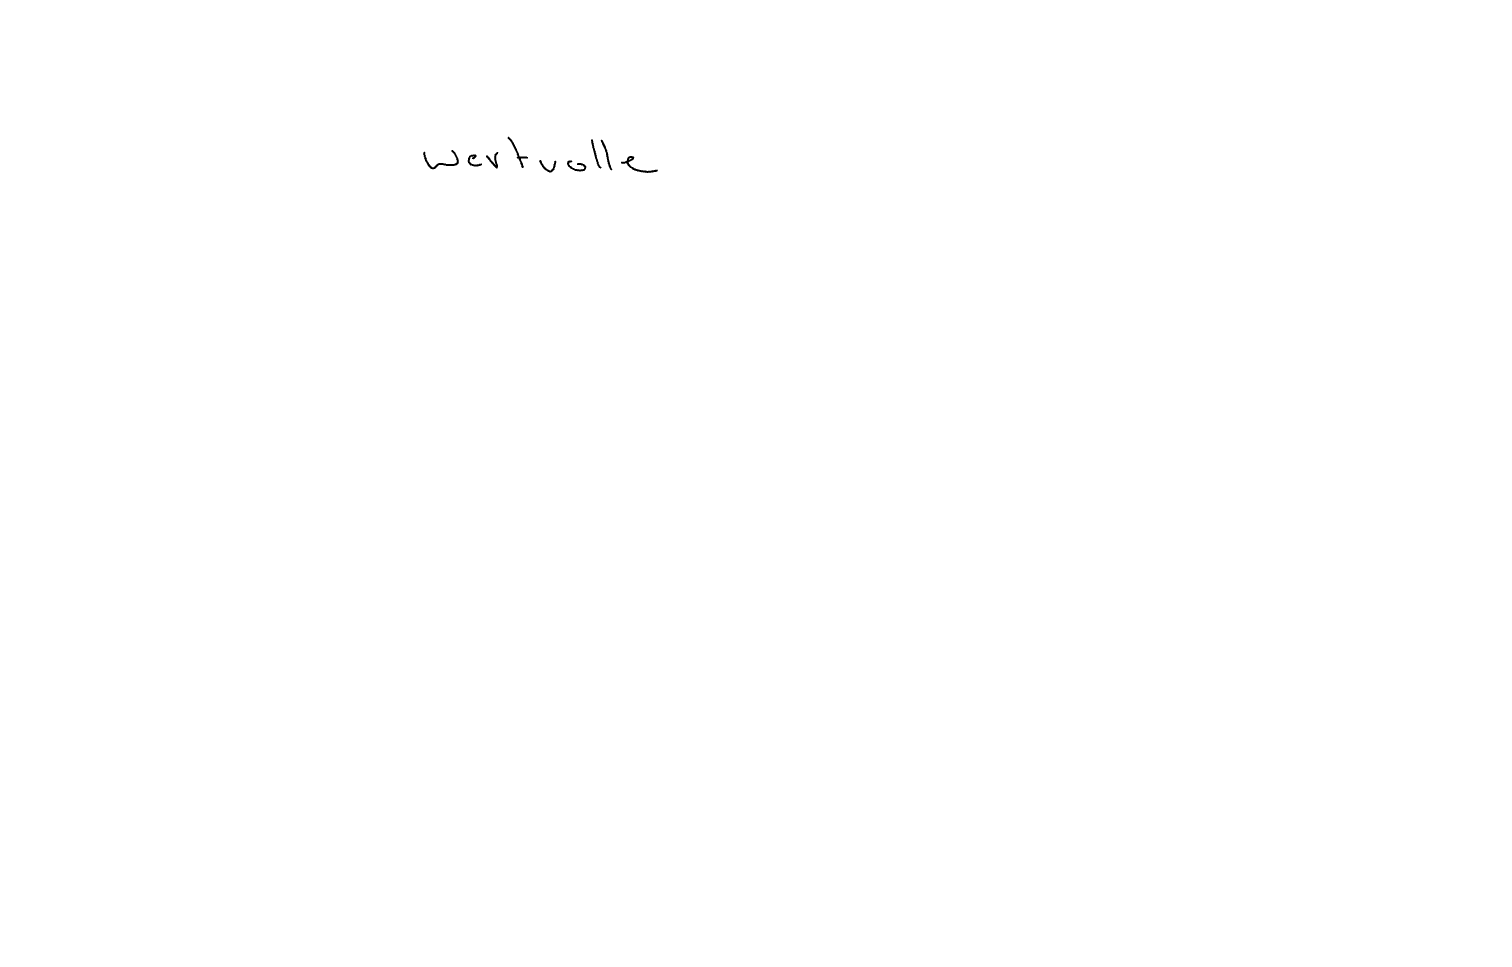
Text: wertvolle